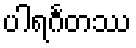
ပါရင်္ဂတဿ